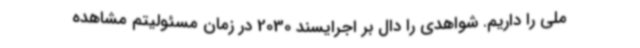
ملی را داریم. شواهدی را دال بر اجرایسند 2030 در زمان مسئولیتم مشاهده